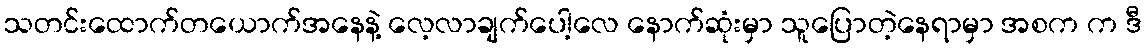
သတင်းထောက်တယောက်အနေနဲ့ လေ့လာချက်ပေါ့လေ နောက်ဆုံးမှာ သူပြောတဲ့နေရာမှာ အစက က ဒီ